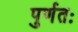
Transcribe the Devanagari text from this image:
पुर्णतः